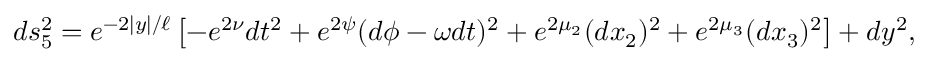
\nonumber d s _ { 5 } ^ { 2 } = e ^ { - 2 | y | / \ell } \left[ - e ^ { 2 \nu } d t ^ { 2 } + e ^ { 2 \psi } ( d \phi - \omega d t ) ^ { 2 } + e ^ { 2 \mu _ { 2 } } ( d x _ { 2 } ) ^ { 2 } + e ^ { 2 \mu _ { 3 } } ( d x _ { 3 } ) ^ { 2 } \right] + d y ^ { 2 } ,